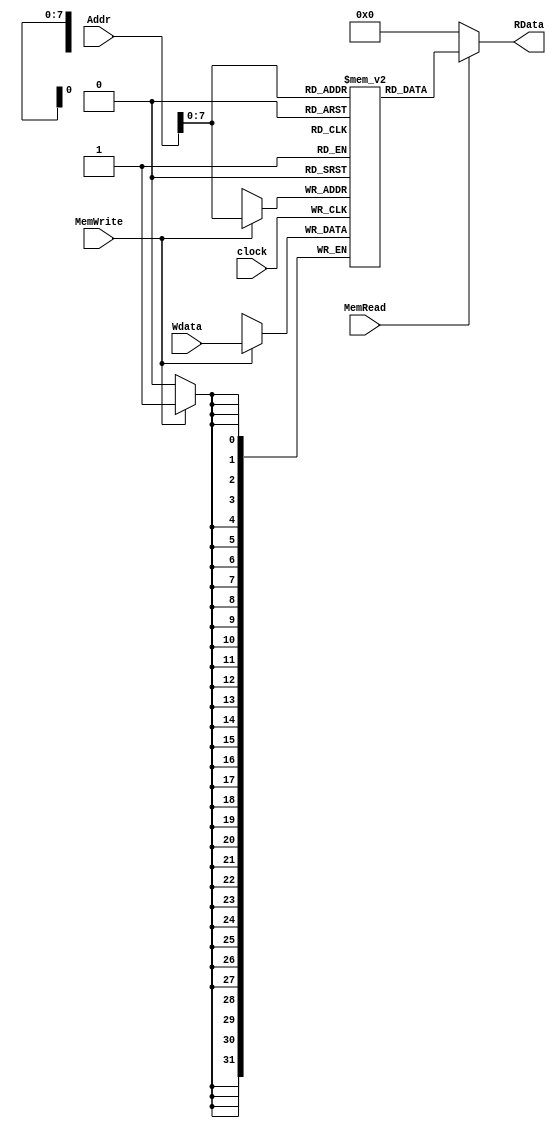
`timescale 1ns / 1ps
//////////////////////////////////////////////////////////////////////////////////
// Company: 
// Engineer: 
// 
// Design Name: 
// Module Name:    DMem 
// Project Name: 
// Target Devices: 
// Tool versions: 
// Description: 
//
// Dependencies: 
//
// Revision: 
// Revision 0.01 - File Created
// Additional Comments: 
//
//////////////////////////////////////////////////////////////////////////////////
module DMem (Wdata, Addr, MemRead, MemWrite, RData,clock);
input [31:0] Wdata;
input [31:0] Addr;
input MemRead, MemWrite,clock;
output [31:0] RData;
reg [31:0] memory [0:255];
reg [31:0] RData;
integer i;
initial begin
for (i=0;i<256;i=i+1)
begin
memory[i]=32'b0;
end	
end
always @(posedge clock) 
begin
if (MemWrite) 
memory[Addr]<=Wdata;
end
always@(*)begin
if (MemRead) 
RData<= memory[Addr];
else
RData<=32'b0;
end
endmodule